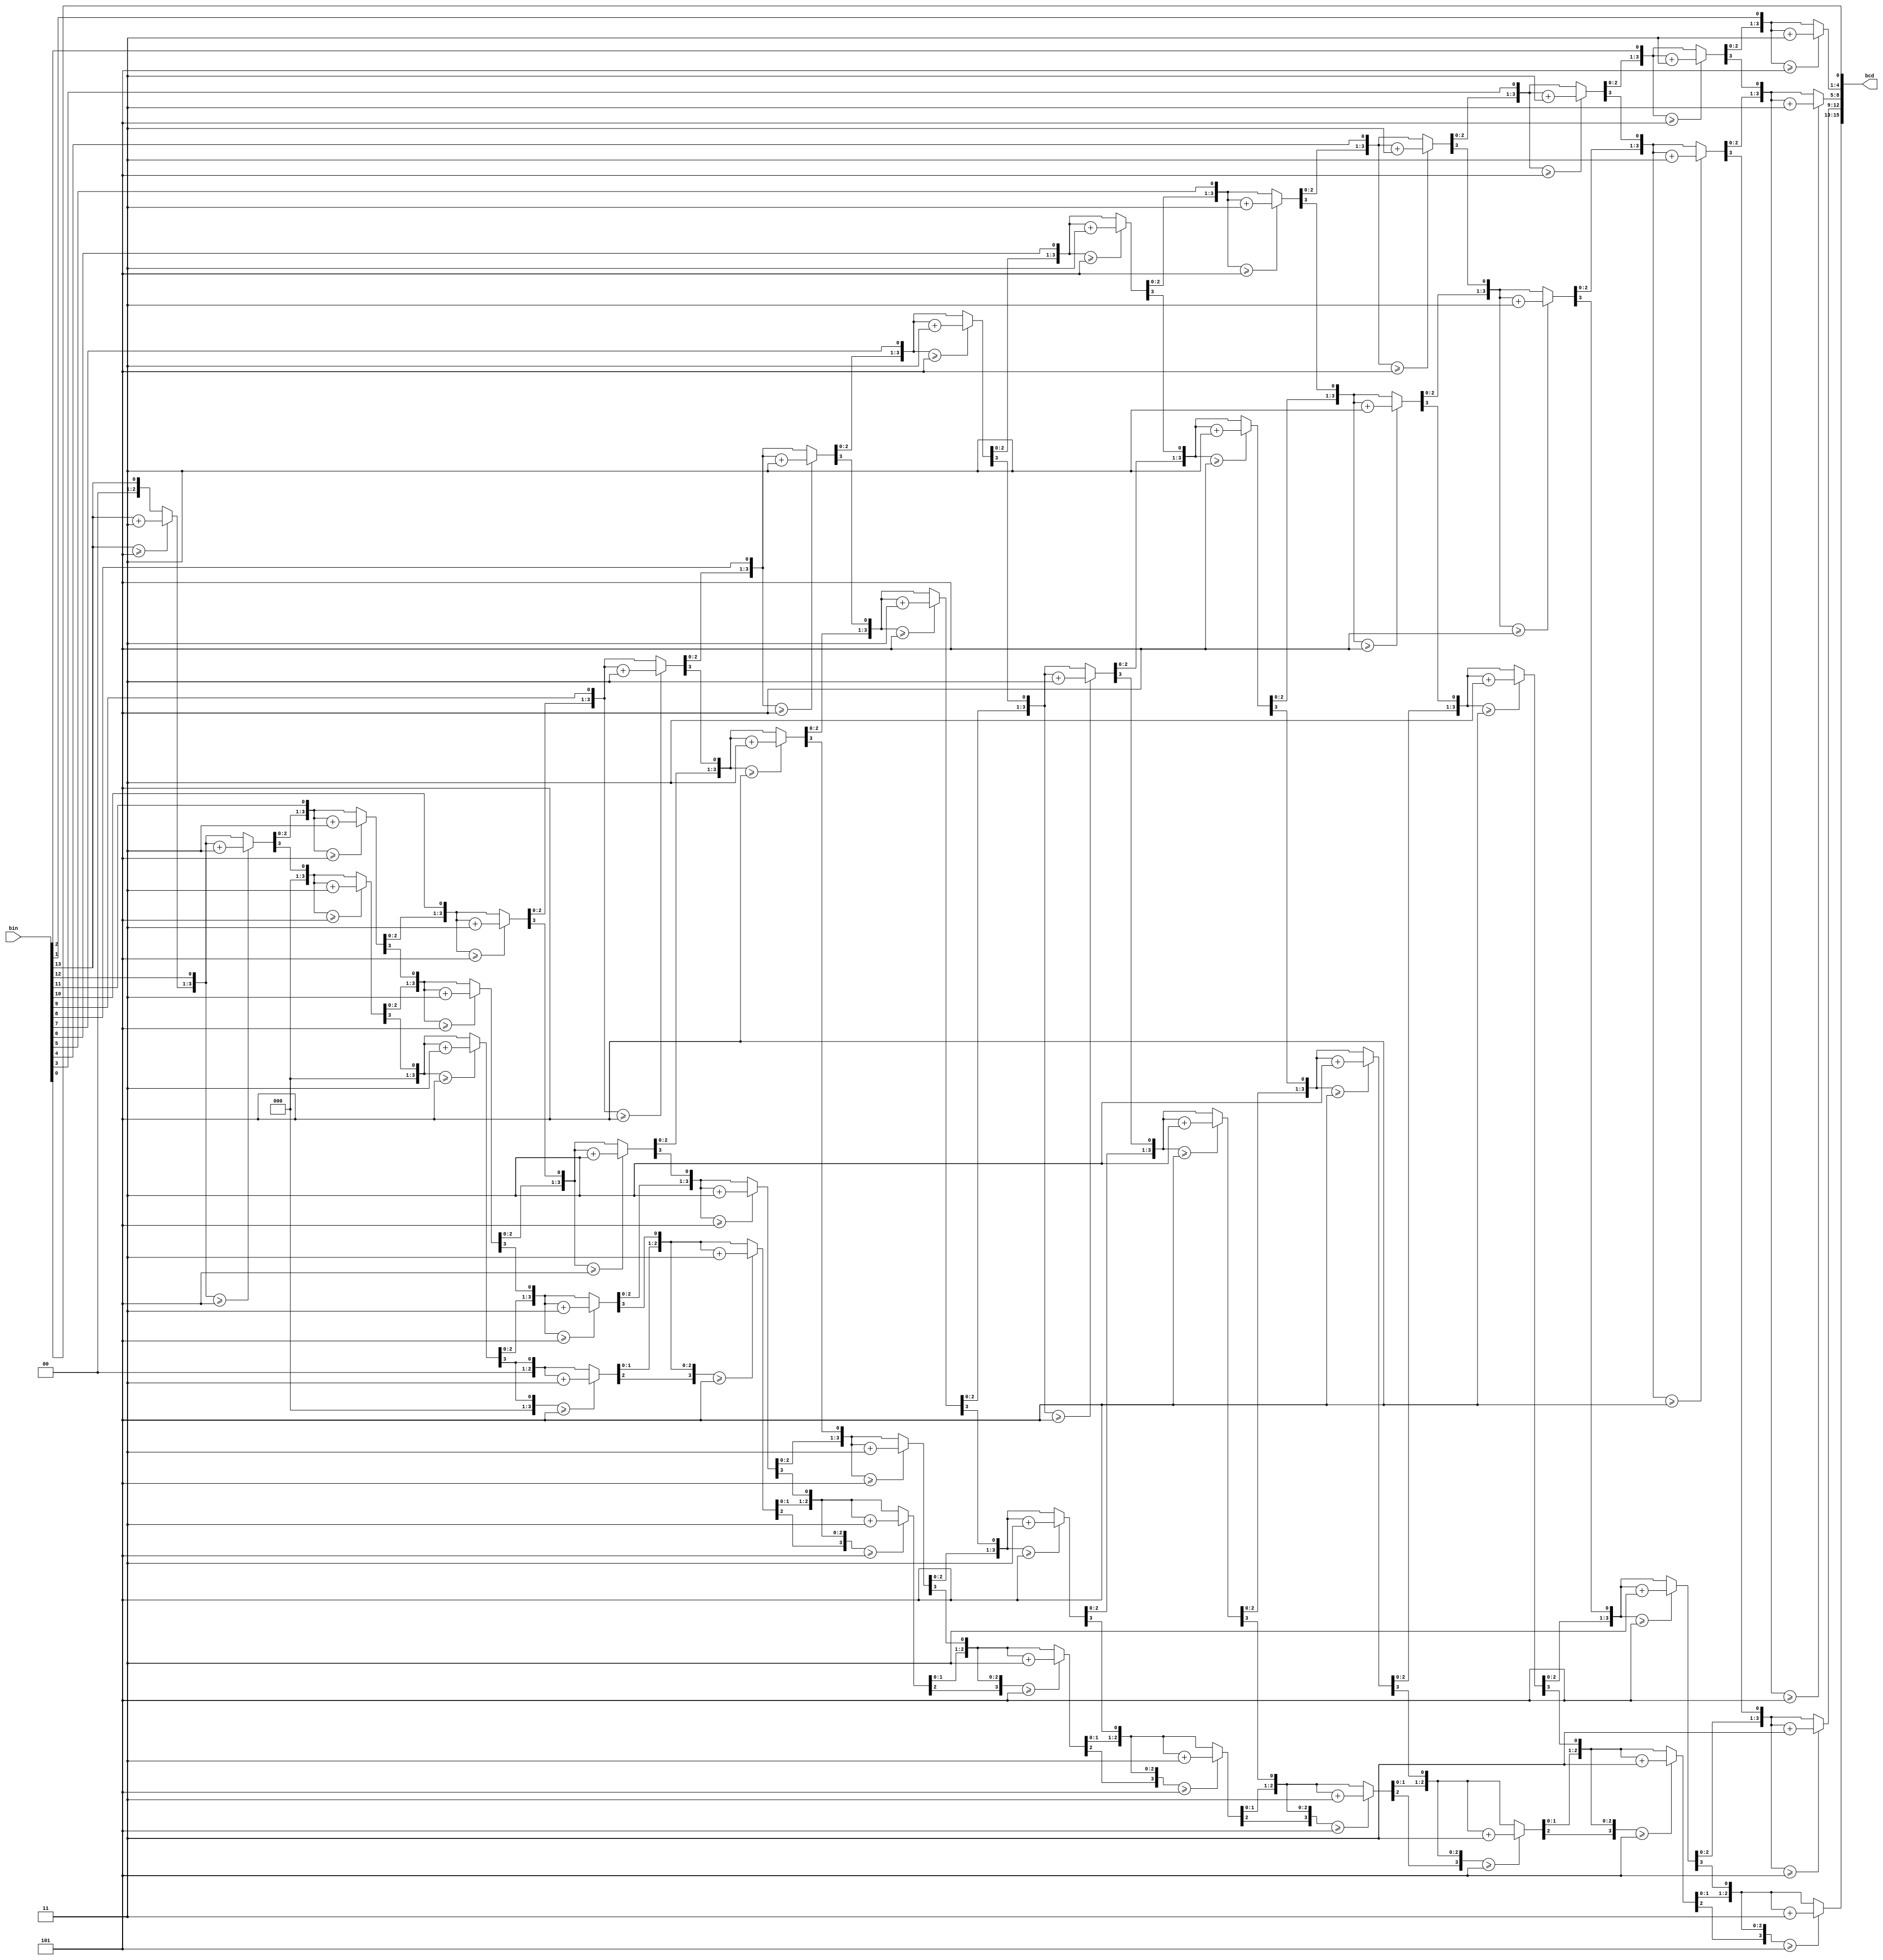
module bin_to_4dig_BCD(
input [13:0] bin,
output reg [15:0] bcd
    );

integer i; // 32bit unsigned index

always @(bin) begin
    bcd=0;		 	
    for (i=0;i<14;i=i+1) begin					//Iterate once for each bit in input number
      if (bcd[3:0] >= 5) bcd[3:0] = bcd[3:0] + 3;		//If any BCD digit is >= 5, add three
		if (bcd[7:4] >= 5) bcd[7:4] = bcd[7:4] + 3;
		if (bcd[11:8] >= 5) bcd[11:8] = bcd[11:8] + 3;
		if (bcd[15:12] >= 5) bcd[15:12] = bcd[15:12] + 3;
		bcd = {bcd[14:0],bin[13-i]};				//Shift one bit, and shift in proper bit from input 
    end
end

endmodule